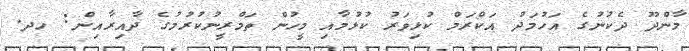
މާންދޫ ދެކުނުގެ އަހުމަދު އަކްރަމް ކުޅިވަރު ކުޅުމާއި މީހުން ތަމްރީނުކުރުމުގެ ދާއިރާއިން: ހދ.